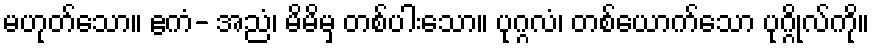
မဟုတ်သော။ ဧကံ- အညံ၊ မိမိမှ တစ်ပါးသော။ ပုဂ္ဂလံ၊ တစ်ယောက်သော ပုဂ္ဂိုလ်ကို။